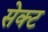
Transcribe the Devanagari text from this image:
सेक्‍ट